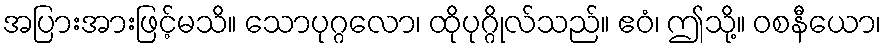
အပြားအားဖြင့်မသိ။ သောပုဂ္ဂလော၊ ထိုပုဂ္ဂိုလ်သည်။ ဧဝံ၊ ဤသို့။ ဝစနီယော၊